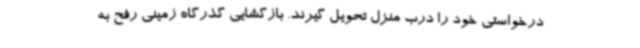
درخواستی خود را درب منزل تحویل گیرند. بازگشایی گذرگاه زمینی رفح به